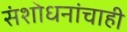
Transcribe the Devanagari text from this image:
संशोधनांचाही